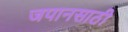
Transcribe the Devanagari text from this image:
जपानसाठी